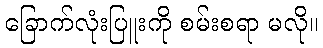
ခြောက်လုံးပြူးကို စမ်းစရာ မလို။